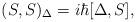
LaTeX: \begin{align*}(S,S)_\Delta=i\hbar[\Delta,S],\end{align*}